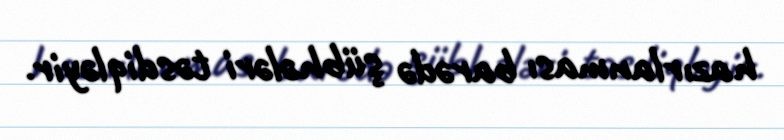
hazırlanması barədə şübhələri təsdiqləyir.